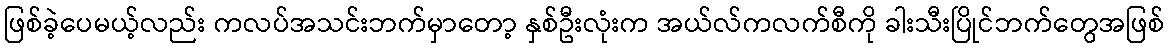
ဖြစ်ခဲ့ပေမယ့်လည်း ကလပ်အသင်းဘက်မှာတော့ နှစ်ဦးလုံးက အယ်လ်ကလက်စီကို ခါးသီးပြိုင်ဘက်တွေအဖြစ်